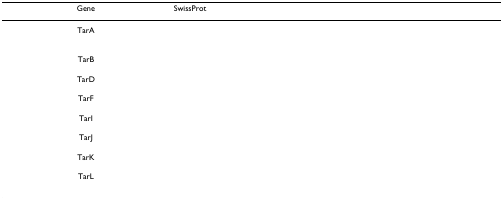
<table><thead><tr><td><b>Gene</b></td><td><b>SwissProt</b></td></tr></thead><tbody><tr><td>TarA</td><td>[EMPTY_CELL]</td></tr><tr><td>TarB</td><td>[EMPTY_CELL]</td></tr><tr><td>TarD</td><td>[EMPTY_CELL]</td></tr><tr><td>TarF</td><td>[EMPTY_CELL]</td></tr><tr><td>TarI</td><td>[EMPTY_CELL]</td></tr><tr><td>TarJ</td><td>[EMPTY_CELL]</td></tr><tr><td>TarK</td><td>[EMPTY_CELL]</td></tr><tr><td>TarL</td><td>[EMPTY_CELL]</td></tr></tbody></table>